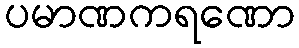
ပမာဏကရဏော